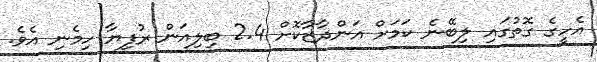
އެހީގެ ގޮތުގައި ލިބޭނެ ކަމަށް އަންދާޒާކޮށް 2.4 ބިލިއަން ރުފިޔާ ހިމެނި އެވެ.